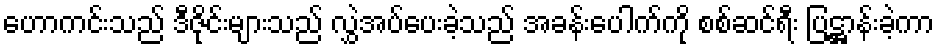
ဟောကင်းသည် ဒီဇိုင်းများသည် လွှဲအပ်ပေးခဲ့သည် အခန်းပေါက်ကို စစ်ဆင်ရီး ပြဋ္ဌာန်းခဲ့ကာ